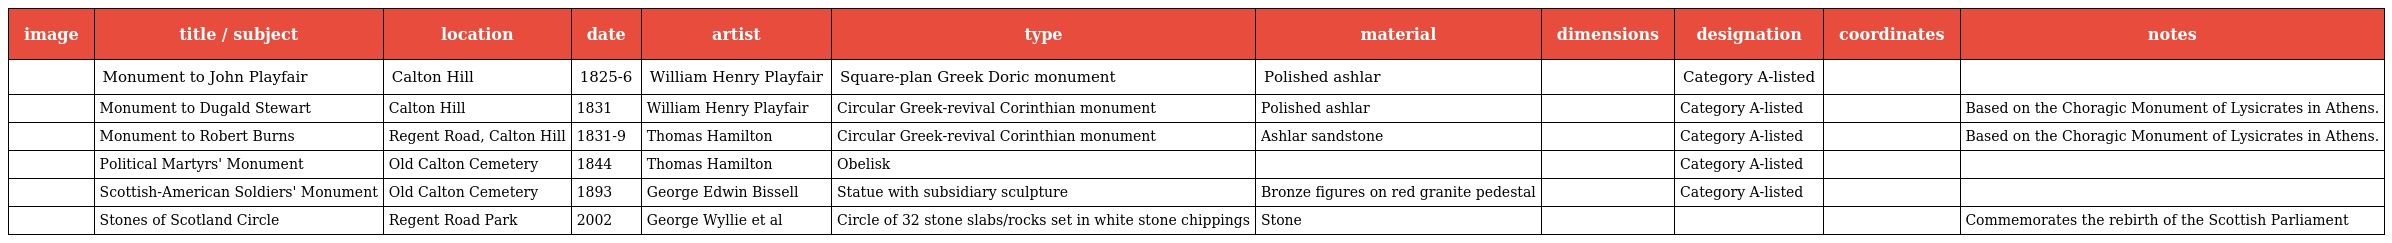
| image | title / subject | location | date | artist | type | material | dimensions | designation | coordinates | notes |
 | --- | --- | --- | --- | --- | --- | --- | --- | --- | --- | --- |
 |  | Monument to John Playfair | Calton Hill | 1825-6 | William Henry Playfair | Square-plan Greek Doric monument | Polished ashlar |  | Category A-listed |  |  |
 |  | Monument to Dugald Stewart | Calton Hill | 1831 | William Henry Playfair | Circular Greek-revival Corinthian monument | Polished ashlar |  | Category A-listed |  | Based on the Choragic Monument of Lysicrates in Athens. |
 |  | Monument to Robert Burns | Regent Road, Calton Hill | 1831-9 | Thomas Hamilton | Circular Greek-revival Corinthian monument | Ashlar sandstone |  | Category A-listed |  | Based on the Choragic Monument of Lysicrates in Athens. |
 |  | Political Martyrs' Monument | Old Calton Cemetery | 1844 | Thomas Hamilton | Obelisk |  |  | Category A-listed |  |  |
 |  | Scottish-American Soldiers' Monument | Old Calton Cemetery | 1893 | George Edwin Bissell | Statue with subsidiary sculpture | Bronze figures on red granite pedestal |  | Category A-listed |  |  |
 |  | Stones of Scotland Circle | Regent Road Park | 2002 | George Wyllie et al | Circle of 32 stone slabs/rocks set in white stone chippings | Stone |  |  |  | Commemorates the rebirth of the Scottish Parliament |